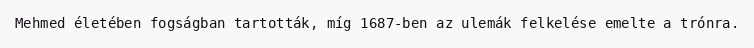
Mehmed életében fogságban tartották, míg 1687-ben az ulemák felkelése emelte a trónra.